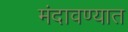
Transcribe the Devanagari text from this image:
मंदावण्यात